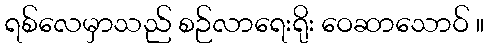
ရစ်လေမှာသည် စဉ်လာရေးရိုး ဝေဆာသောဝ် ။